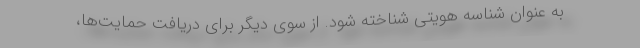
به عنوان شناسه هویتی شناخته شود. از سوی دیگر برای دریافت حمایت‌ها،